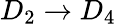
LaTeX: D_{2}\to D_{4}